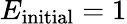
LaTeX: E_{\mathrm{initial}}=1